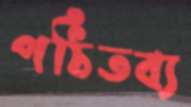
পঠিতব্য